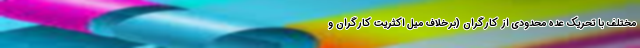
مختلف با تحریک عده محدودی از کارگران (برخلاف میل اکثریت کارگران و